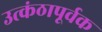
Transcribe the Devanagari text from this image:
उत्कंठापूर्वक